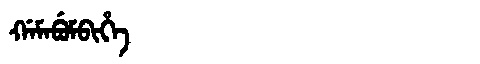
Manchu: ᡤᠠᠮᠠᠪᡠᠮᠪᡳᡥᡝ
Romanization: GAMABUMBIHE